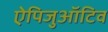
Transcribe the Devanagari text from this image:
ऐपिजुऑटिव